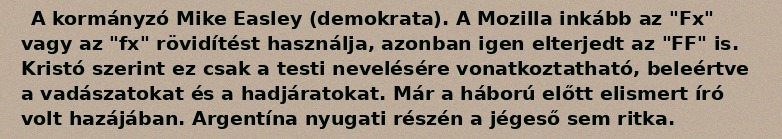
A kormányzó Mike Easley (demokrata). A Mozilla inkább az "Fx" vagy az "fx" rövidítést használja, azonban igen elterjedt az "FF" is. Kristó szerint ez csak a testi nevelésére vonatkoztatható, beleértve a vadászatokat és a hadjáratokat. Már a háború előtt elismert író volt hazájában. Argentína nyugati részén a jégeső sem ritka.